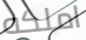
املكه